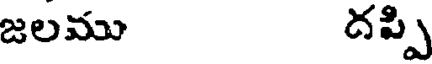
జలము దప్పి